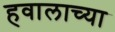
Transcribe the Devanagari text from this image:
हवालाच्या